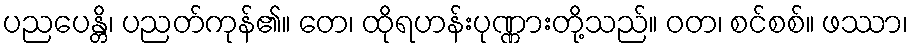
ပညပေန္တိ၊ ပညတ်ကုန်၏။ တေ၊ ထိုရဟန်းပုဏ္ဏားတို့သည်။ ဝတ၊ စင်စစ်။ ဖဿာ၊